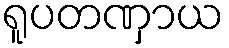
ရူပတဏှာယ